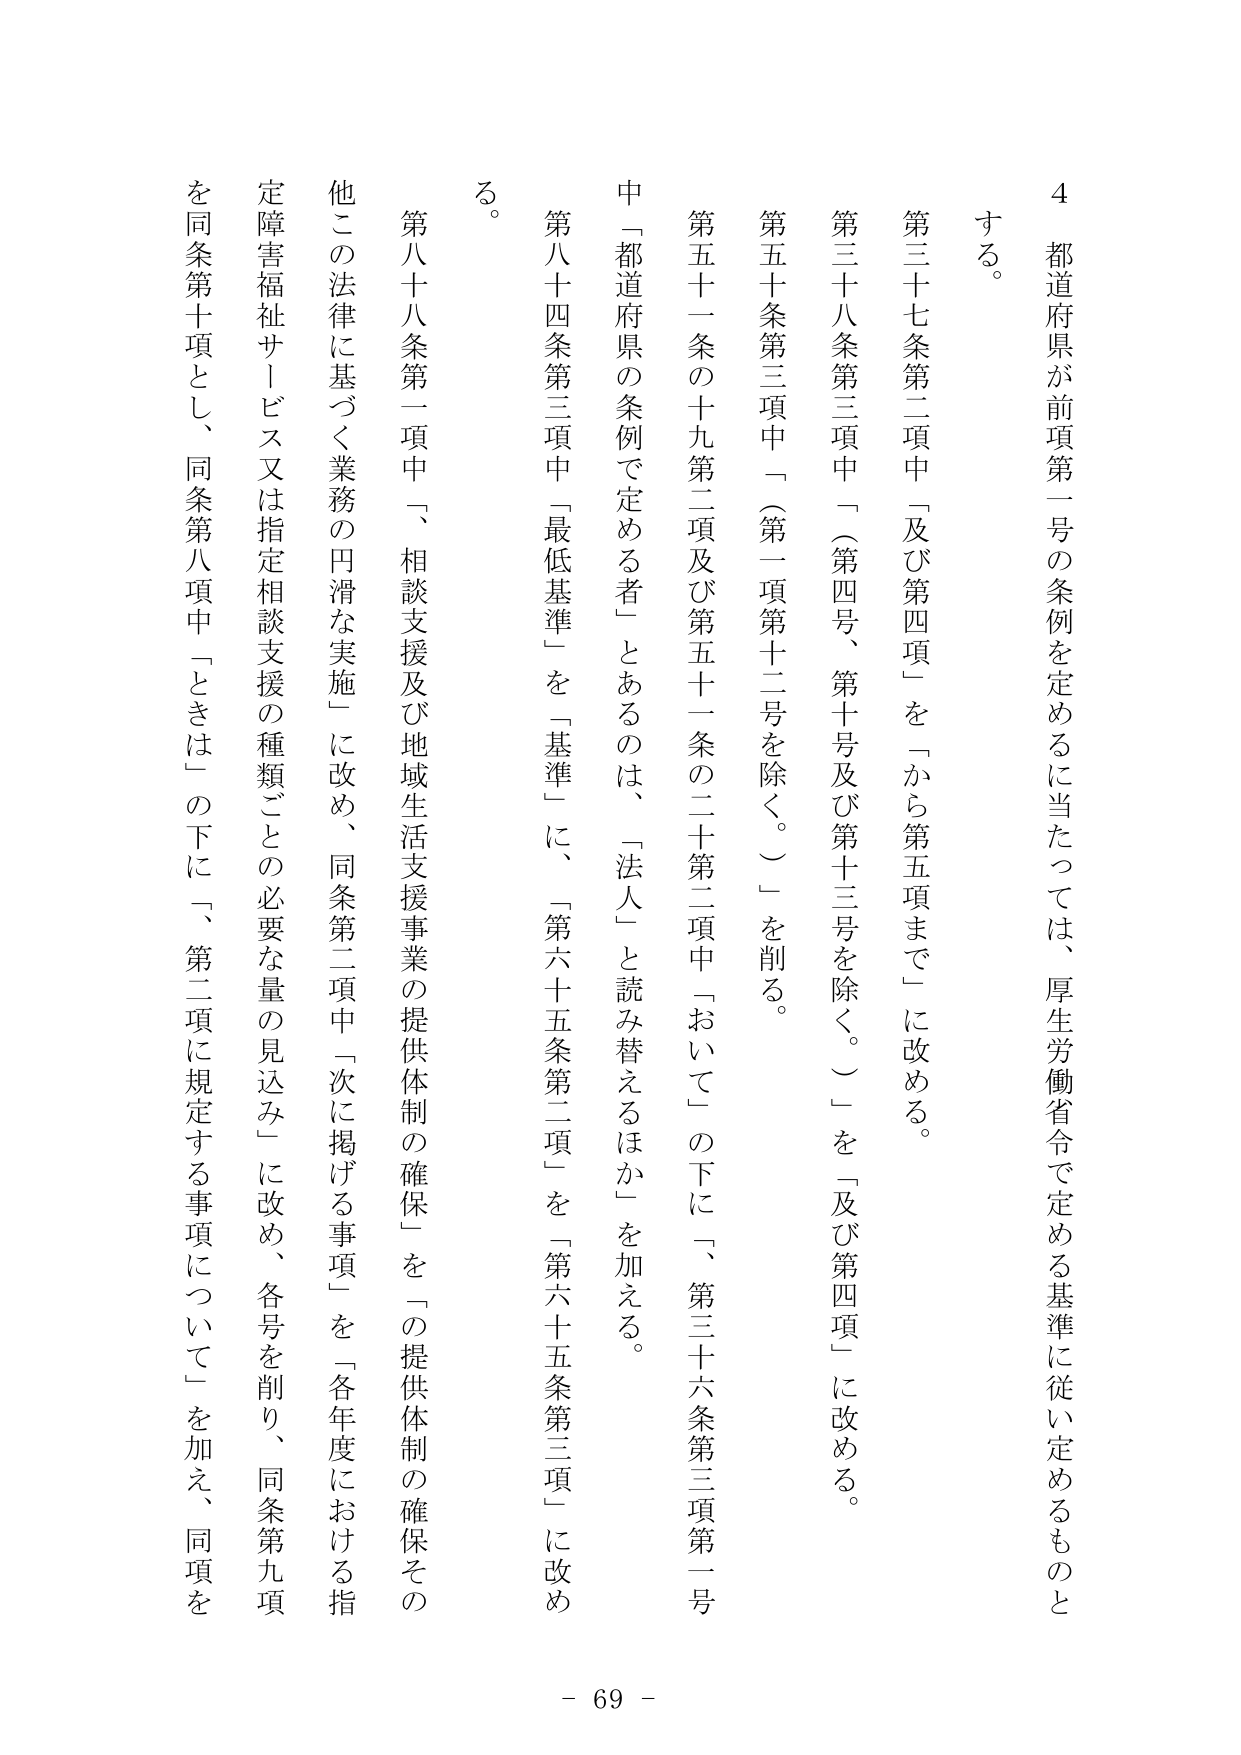
4 都道府県が前項第一号の条例を定めるに当たっては、厚生労働省令で定める基準に従い定めるものとする。

第三十七条第二項中「及び第四項」を「から第五項まで」に改める。

第三十八条第三項中「（第四号、第十号及び第十三号を除く。）」を「及び第四項」に改める。

第五十一条第三項中「（第一項第十二号を除く。）」を削る。

第五十一条の十九第二項及び第五十一条の二十第二項中「おいて」の下に「、第三十六条第三項第一号中「都道府県の条例で定める者」とあるのは、「法人」と読み替えるほか」を加える。

第八十四条第三項中「最低基準」を「基準」に、「第六十五条第二項」を「第六十五条第三項」に改める。

第八十八条第一項中「、相談支援及び地域生活支援事業の提供体制の確保」を「の提供体制の確保その他の法律に基づく業務の円滑な実施」に改め、同条第二項中「次に掲げる事項」を「各年度における指定障害福祉サービス又は指定相談支援の種類ごとの必要な量の見込み」に改め、各号を削り、同条第九項を同条第十項とし、同条第八項中「ときは」の下に「、第二項に規定する事項について」を加え、同項を

- 69 -